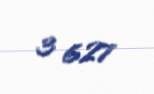
3 627